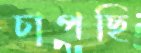
চাপছি